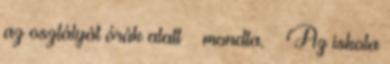
az osztályát órák alatt – mondta. – Az iskola